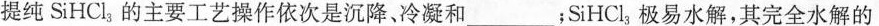
提纯SiHCl_{3}的主要工艺操作依次是沉降，冷凝和___；SiHCl_{3}极易水解，其完全水解的